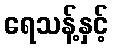
ရေသန့်နှင့်